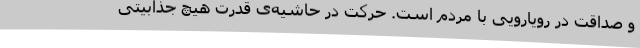
و صداقت در رویارویی با مردم است. حرکت در حاشیه‌ی قدرت هیچ جذابیتی